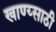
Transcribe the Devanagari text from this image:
खाण्य्साठी